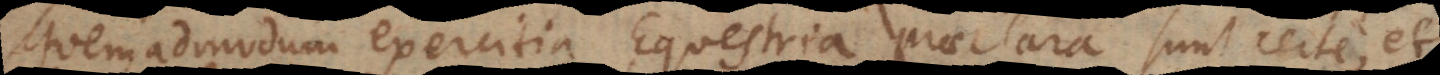
quemadmodum exercitia Equestria praeclara sunt certe, et